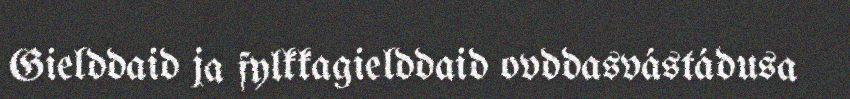
Gielddaid ja fylkkagielddaid ovddasvástádusa